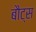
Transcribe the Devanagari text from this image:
बौट्स